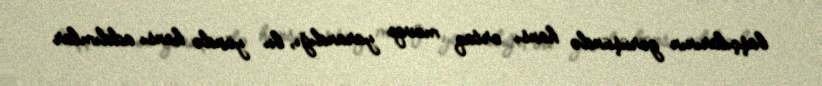
başçılarının görüşündə hansı ortaq mövqe yarandığı, bu yöndə hansı addımlar